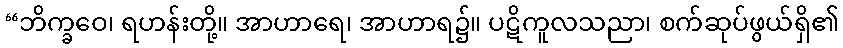
“ဘိက္ခဝေ၊ ရဟန်းတို့။ အာဟာရေ၊ အာဟာရ၌။ ပဋိကူလသညာ၊ စက်ဆုပ်ဖွယ်ရှိ၏